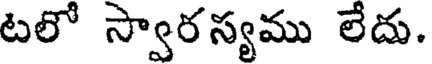
టలో స్వార స్యము లేదు.